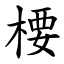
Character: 楆